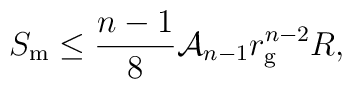
S_{\rm m} \leq \frac{n-1}{8} {\cal A}_{n-1} r_{\rm g}^{n-2} R,